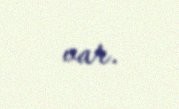
var.